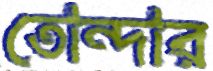
তোন্দার